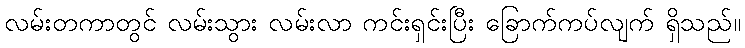
လမ်းတကာတွင် လမ်းသွား လမ်းလာ ကင်းရှင်းပြီး ခြောက်ကပ်လျက် ရှိသည်။